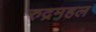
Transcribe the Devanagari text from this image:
रुद्रमहल